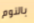
بالنوم